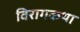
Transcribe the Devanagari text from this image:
विरागकथा